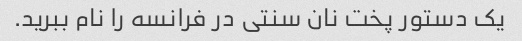
یک دستور پخت نان سنتی در فرانسه را نام ببرید.